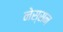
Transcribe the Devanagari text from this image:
नेस्‍सन